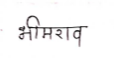
मजकूर: भीमराव